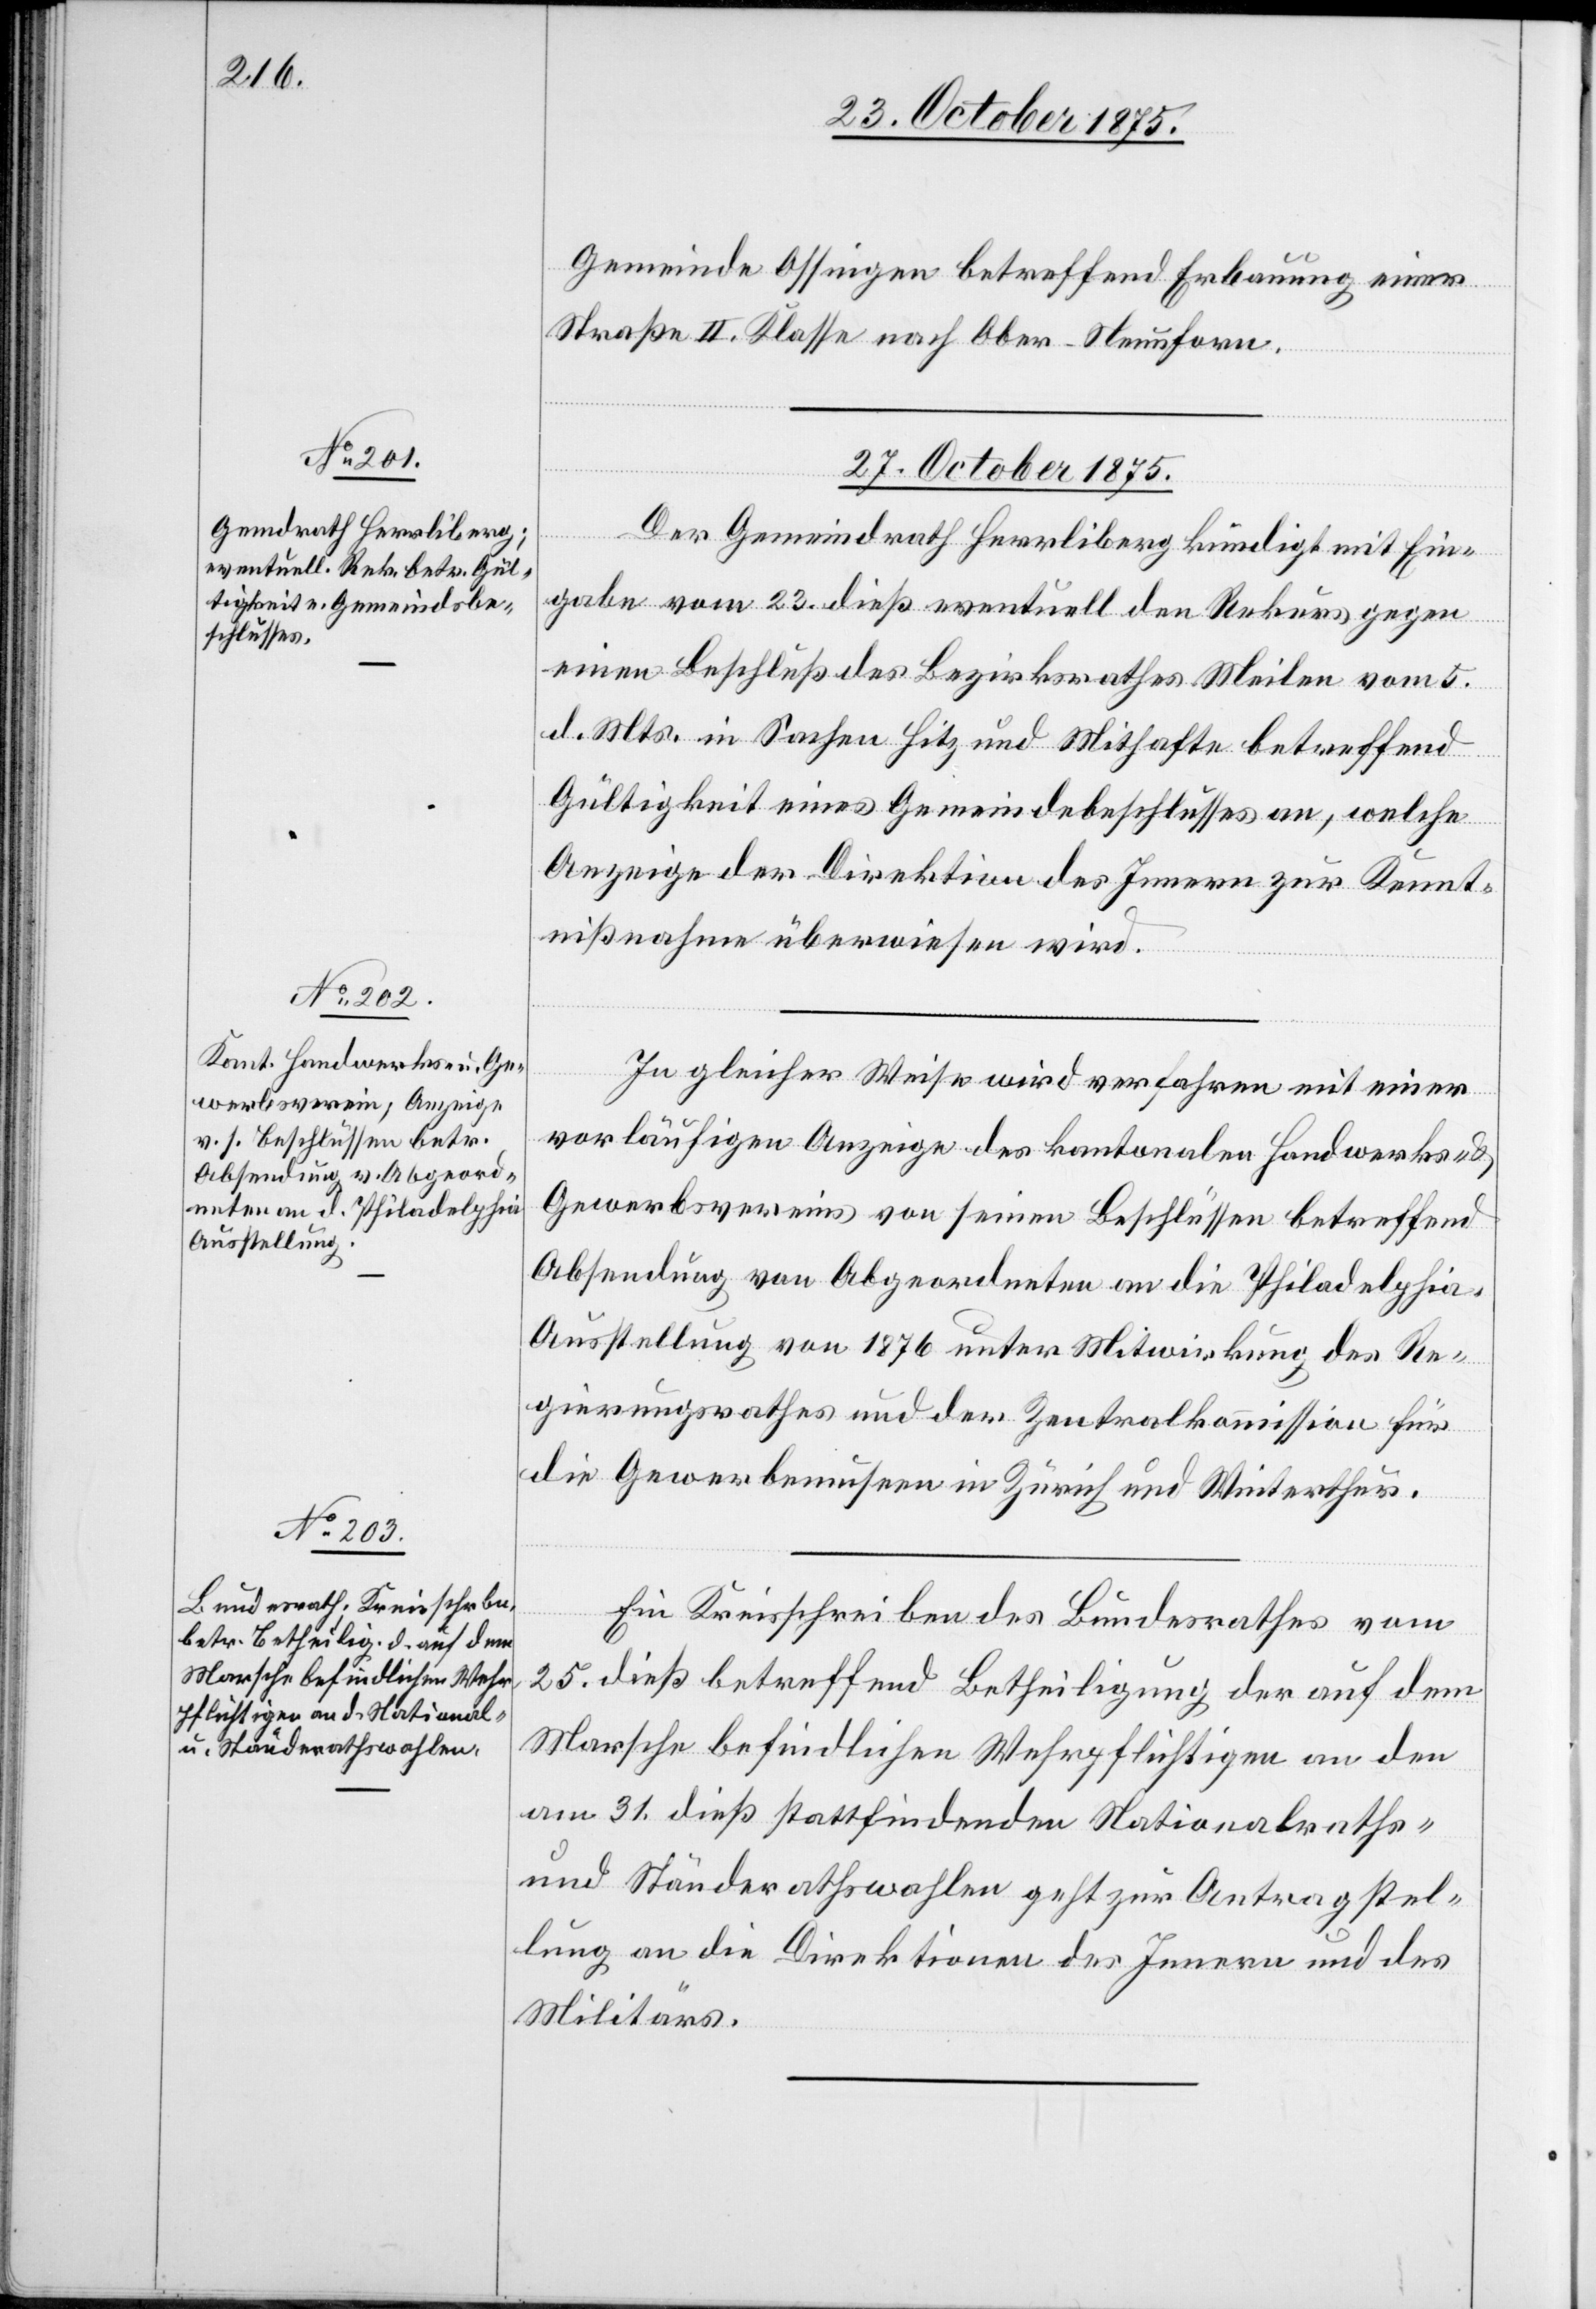
Gemeinde Ossingen betreffend Erbauung einer
Straße II. Klasse nach Ober-Neunforn.
27. October 1875.]
Der Gemeindrath Herrliberg kündigt mit Ein¬
gabe vom 23. dieß eventuell den Rekurs gegen
einen Beschluß des Bezirksrathes Meilen vom 5.
d. Mts. in Sachen Hitz und Mithafte betreffend
Gültigkeit eines Gemeindebeschlusses an, welche
Anzeige der Direktion des Innern zur Kennt¬
nißnahme überwiesen wird.
In gleicher Weise wird verfahren mit einer
vorläufigen Anzeige des kantonalen Handwerks-
Gewerbsvereins von seinen Beschlüssen betreffend
Absendung von Abgeordneten an die Philadelphi¬
a-Ausstellung von 1876 unter Mitwirkung des Re¬
gierungsrathes und der Zentralkommission für
die Gewerbemuseen in Zürich und Winterthur.
Ein Kreisschreiben des Bundesrathes vom
25. dieß betreffend Betheiligung der auf dem
Marsche befindlichen Wehrpflichtigen an den
am 31. dieß stattfindenden Nationalraths-
und Ständerathswahlen geht zur Antragstel¬
lung an die Direktionen des Innern und des
Militärs.